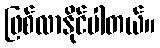
ဖြစ်လာနိုင်ပါတယ်။